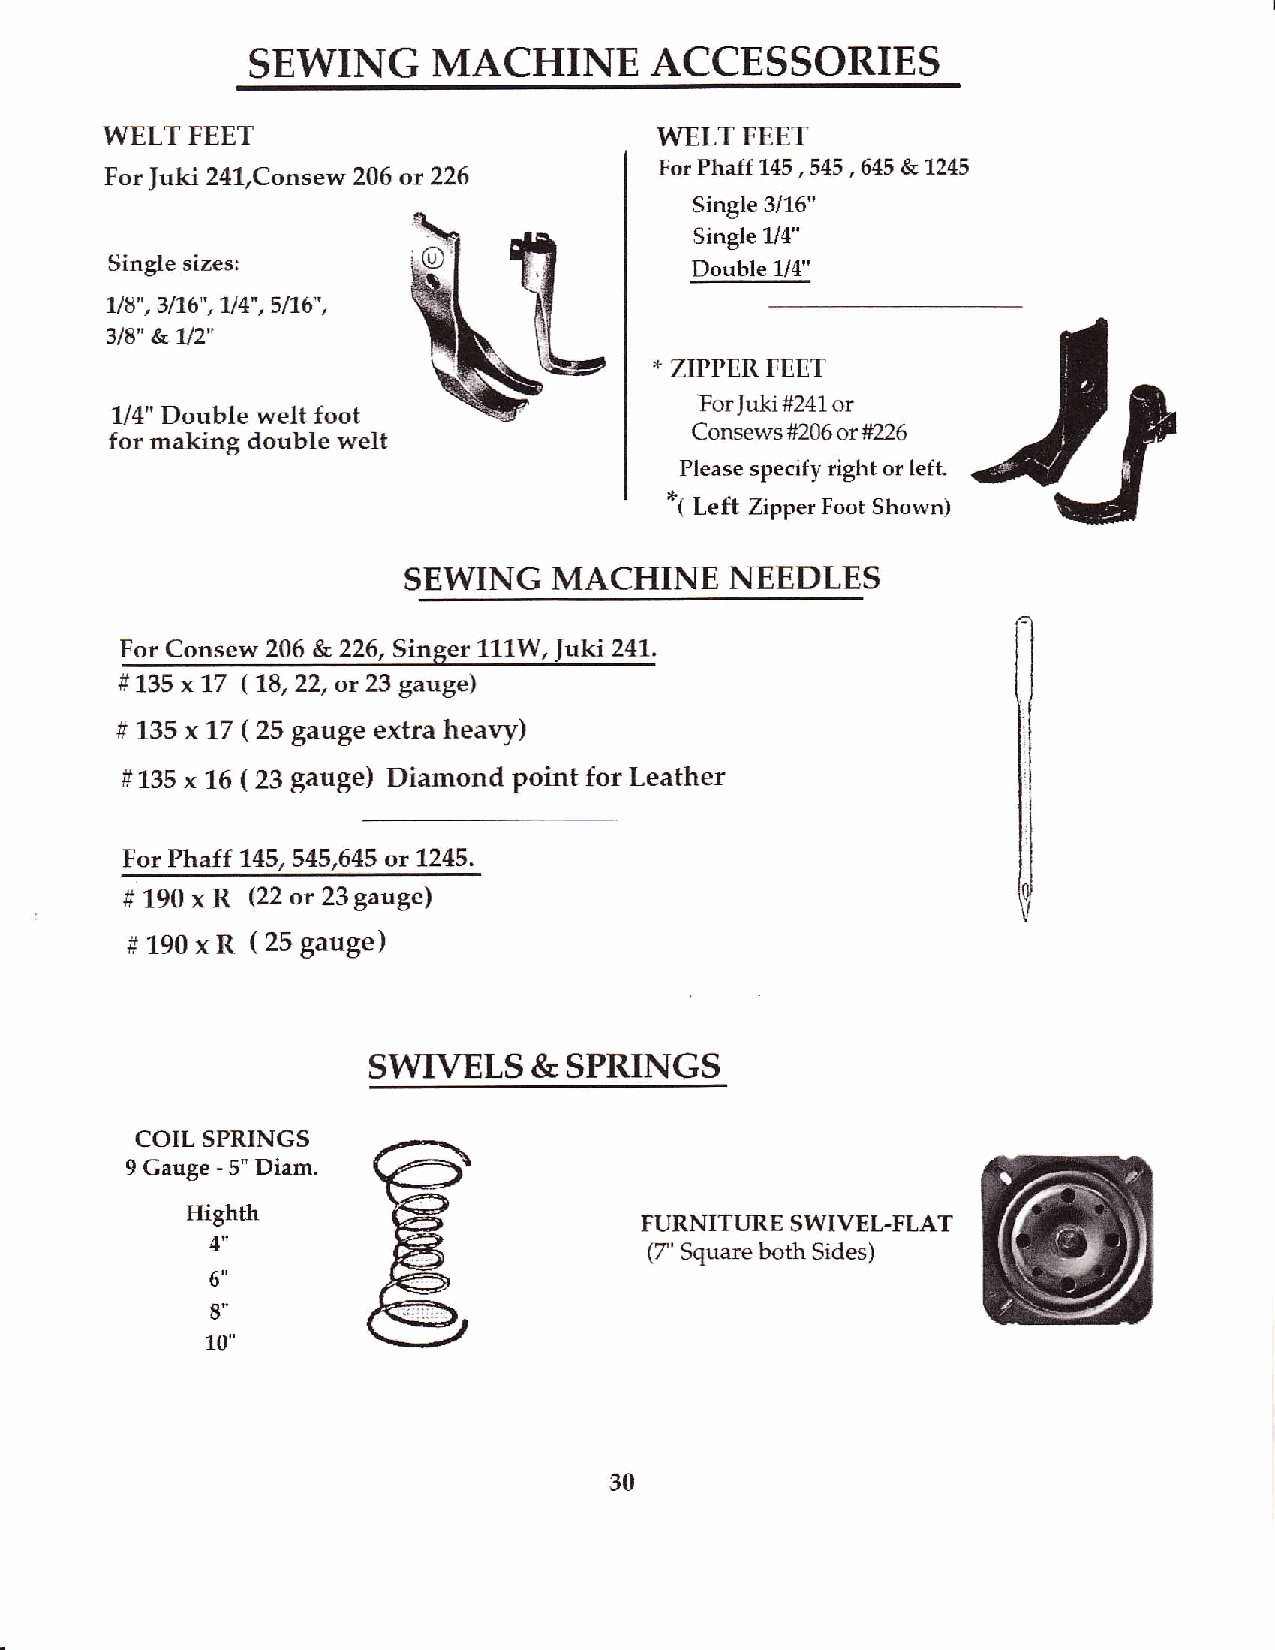
SEWING      MACHINE       ACCESSORIES
 WELT  FEET                           WELT FEET
 For fuki 24l,Consew 206 ot 226       For Phaff 145 , 5 45 , MS & L245
 Single 3116"
 Single U4"
 w
 Single sizes;                          Double 1/4"
 ,b
 u8",3116",114",5n6",
 3/8" &U2"
 *
 ZIPPER FEET
 'For
 U4" Double welt foot                      Juki #241 or
 for making double welt                 Consews #206 or #226
 Please specify right or left.
 *1
 Left Zipper Foot Shcwn)
 SEWING    MACHINE    NEEDLES
 For Consew 206 & 226, Singer 111W, Juki 241.
 # 135 x 77 ( 18, 22, or 23 gauge)
 Il
 # 135 x 17 ( 25 gauge extra heavy)                         Lt
 l.l
 l:l
 # 135 x 16 ( 23 gauge) Diamond point for Leather           tl
 lr
 l,l
 tl
 For Phaff 145, 545,645 or 1245.
 tl
 #190xR   (22or23gaugel
 i$
 #190xR   (25gauge)
 SWIVELS    &SPRINGS
 COIL SPRINGS
 9 Gauge - 5" Diam.
 Ilighth
 FURNITURE SWIVEL-FLAT
 4"                           (7' Square both Sides)
 o
 8"
 10,'
 30